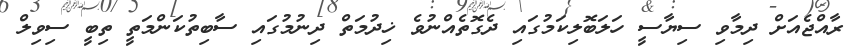
ރާއްޖެއަށް ދިމާވި ސިޔާސީ ހަލަބޮލިކަމުގައި ދެގޮތެއްނުވެ ޚިދުމަތް ދިނުމުގައި ސާބިތުކަންމަތީ ތިބީ ސިވިލް